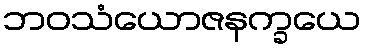
ဘဝသံယောဇနက္ခယေ